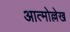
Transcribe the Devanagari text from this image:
आत्मोल्लेख